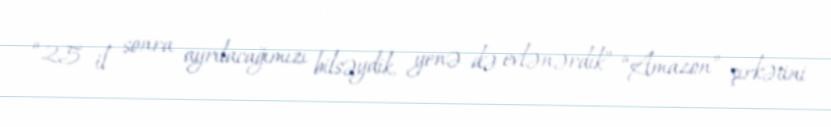
“25 il sonra ayrılacağımızı bilsəydik, yenə də evlənərdik” “Amazon” şirkətini